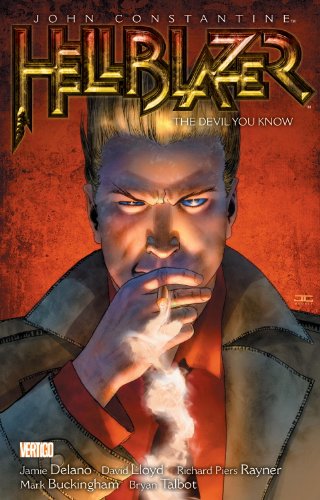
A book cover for Hellblazer, Vol. 2: The Devil You Know; Jaime Delano; Comics & Graphic Novels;